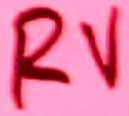
Text: RV